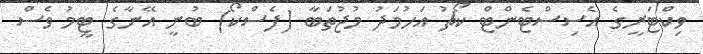
ވިކްޓަރީގެ އެސިސްޓެންޓް ކޯޗު އަހުމަދު މުޖުތަބާ (ފެސްކޯ) ބުނީ އޭނާގެ ޓީމު ވެސް